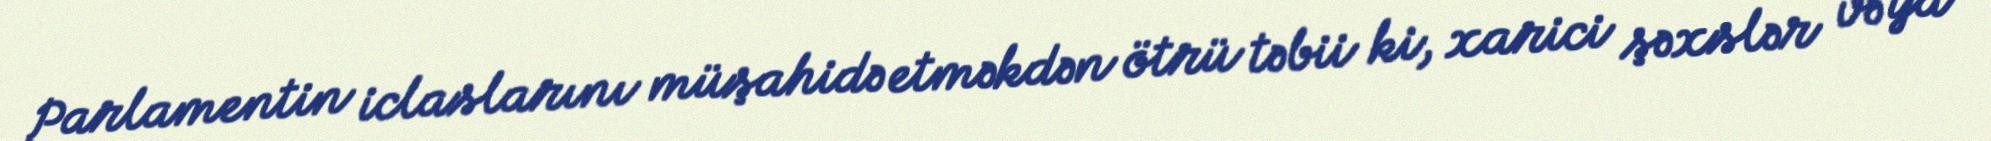
Parlamentin iclaslarını müşahidə etməkdən ötrü təbii ki, xarici şəxslər və ya